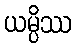
ယမ္ပိဿ